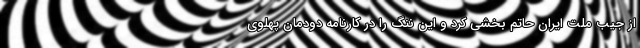
از جیب ملت ایران حاتم بخشی کرد و این ننگ را در کارنامه دودمان پهلوی